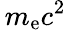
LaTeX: \, m_{\mathrm{e}}c^{2}